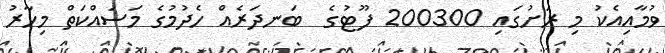
ވުމާއިއެކު މި ރަށުގައި 200300 ފޫޓުގެ  ބަނދަރެއް ހެދުމުގެ މަސައްކަތް މިހާރު